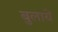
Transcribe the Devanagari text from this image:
बुलायें